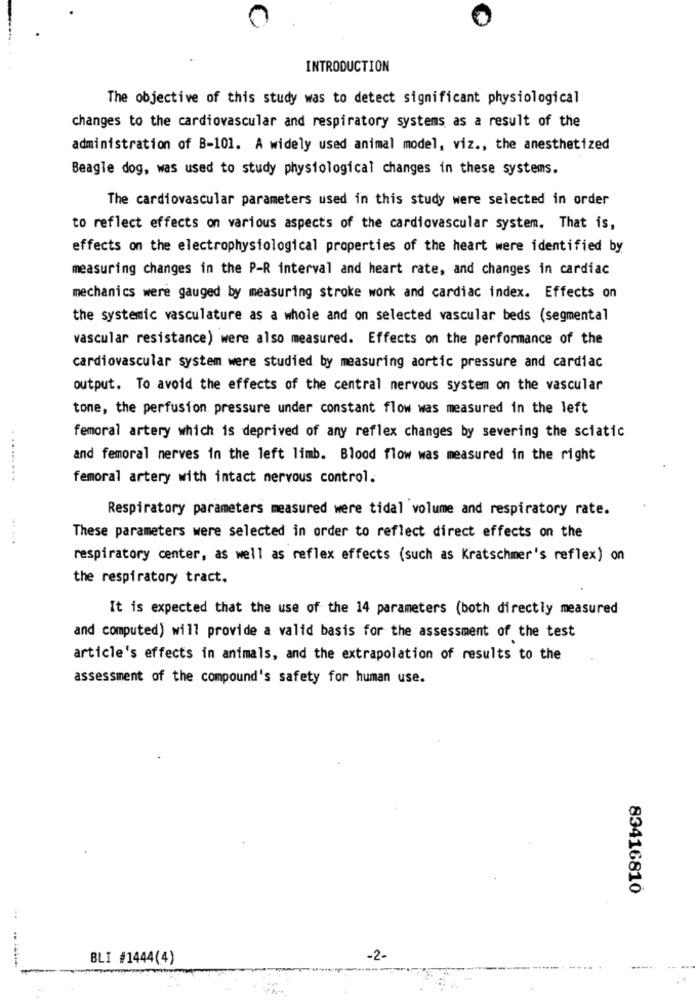
INTRODUCTION
The objective of this study was to detect significant physiological
changes to the cardiovascular and respiratory systems as a result of the
administration of B-101. A widely used animal model, viz ., the anesthetized
Beagle dog, was used to study physiological changes in these systems.
The cardiovascular parameters used in this study were selected in order
to reflect effects on various aspects of the cardiovascular system. That is,
effects on the electrophysiological properties of the heart were identified by
measuring changes in the P-R interval and heart rate, and changes in cardiac
mechanics were gauged by measuring stroke work and cardiac index. Effects on
the systemic vasculature as a whole and on selected vascular beds (segmental
vascular resistance) were also measured. Effects on the performance of the
cardiovascular system were studied by measuring aortic pressure and cardiac
output. To avoid the effects of the central nervous system on the vascular
tone, the perfusion pressure under constant flow was measured in the left
femoral artery which is deprived of any reflex changes by severing the sciatic
and femoral nerves in the left limb. Blood flow was measured in the right
. ........
femoral artery with intact nervous control.
Respiratory parameters measured were tidal volume and respiratory rate.
-....
These parameters were selected in order to reflect direct effects on the
respiratory center, as well as reflex effects (such as Kratschmer's reflex) on
the respiratory tract.
It is expected that the use of the 14 parameters (both directly measured
and computed) will provide a valid basis for the assessment of the test
article's effects in animals, and the extrapolation of results to the
assessment of the compound's safety for human use.
83416810
BLI #1444(4)
-2-